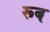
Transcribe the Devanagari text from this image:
रूब